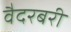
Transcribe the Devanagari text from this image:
वैदरबरी